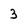
Character: 3